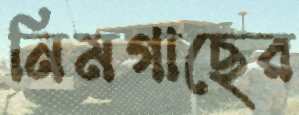
নিমগাছের